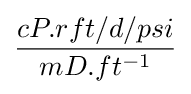
{\frac {cP.rft/d/psi}{mD.ft^{-1}}}